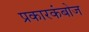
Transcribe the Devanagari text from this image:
प्रकारकंबोज